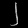
Digit: ၂